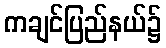
ကချင်ပြည်နယ်၌